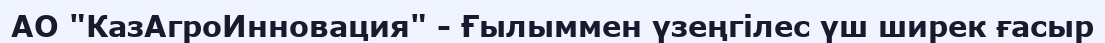
АО "КазАгроИнновация" - Ғылыммен үзеңгілес үш ширек ғасыр